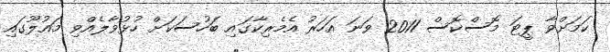
ކަމަށްވާ ޕީޓަ މޮސްކޮސް 2011 ވަނަ އަހަރު އެމެރިކާގައި ބަހުސަކަށް ހުޅުވާލެއްވި މައުލޫގައި